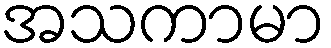
အသကာမာ